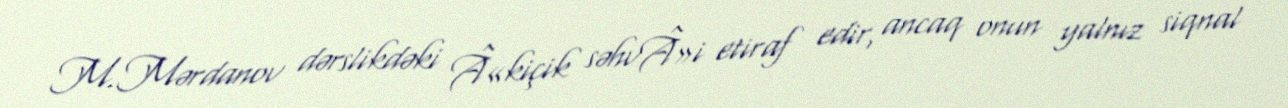
M.Mərdanov dərslikdəki Â«kiçik səhvÂ»i etiraf edir, ancaq onun yalnız siqnal